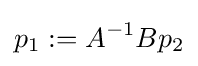
p_{1}:=A^{-1}Bp_{2}